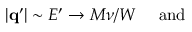
| { \mathbf { q ^ { \prime } } } | \sim E ^ { \prime } \rightarrow M \nu / W ~ ~ ~ ~ { \mathrm { a n d } } ~ ~ ~